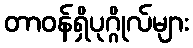
တာဝန်ရှိပုဂ္ဂိုလ်များ